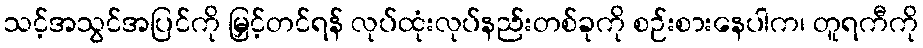
သင့်အသွင်အပြင်ကို မြှင့်တင်ရန် လုပ်ထုံးလုပ်နည်းတစ်ခုကို စဉ်းစားနေပါက၊ တူရကီကို